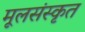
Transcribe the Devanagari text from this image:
मूलसंस्कृत